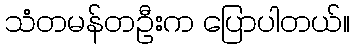
သံတမန်တဦးက ပြောပါတယ်။